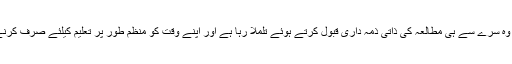
مگر مسئلہ یہ ہے کہ وہ سِرے سے ہی مطالعہ کی ذاتی ذمہ داری قبول کرتے ہوئے تلملا رہا ہے اور اپنے وقت کو منظم طور پر تعلیم کیلئے صَرف کرنے سے بھاگ رہا ہے۔